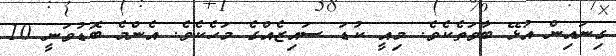
ގިނައިން އުޅޭ ބާވަތެކެވެ. މިއީ ކުޑަ ސައިޒެއްގެ މަހެކެވެ. އެންމެ ބޮޑުވަނީ 10